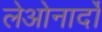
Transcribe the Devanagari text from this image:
लेओनार्दों